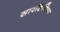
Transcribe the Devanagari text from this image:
सारडिनिया